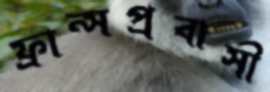
ফ্রান্সপ্রবাসী